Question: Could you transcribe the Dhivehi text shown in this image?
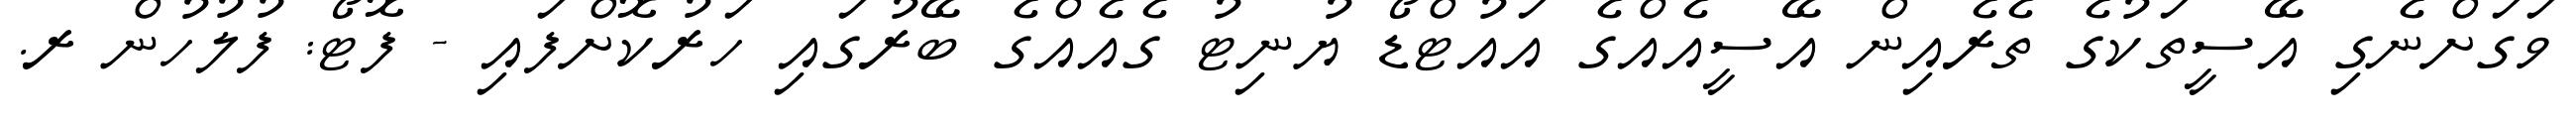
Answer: ވަގަށްނެގި އޭސީތަކުގެ ތެރެއިން އޭސީއެއްގެ އައުޓްޑޯ ޔުނިޓު ގެއެއްގެ ބޭރުގައި ހަރުކޮށްފައި - ފޮޓޯ: ފުލުހުން ރ.